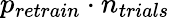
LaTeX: p_{retrain}\cdot n_{trials}